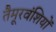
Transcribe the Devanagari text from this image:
तैमूरवंशियों